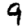
Digit: 9